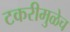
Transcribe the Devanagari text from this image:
टकरीमुळेच